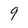
Character: 9